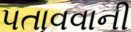
પતાવવાની